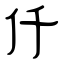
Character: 仟